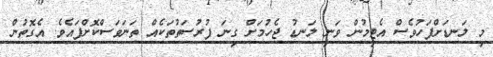
މި ލަނޑަށްފަހުވެސް އެޓީމުން ވަނީ ލަނޑު ޖެހުމަށް ގިނަ ފުރުސަތުތަކެއް ތަނަވަސްކޮށްފައެވެ. އެގޮތުން